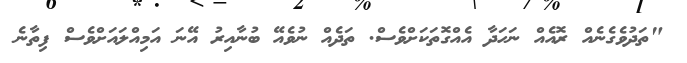
"ތަދުވެގެނެއް ރޮއެއް ނަހަދާ އެއްގޮތަކަށްވެސް. ތަދެއް ނުވެއޭ ބުނާއިރު އޭނަ އަމިއްލައަށްވެސް ފިތާނެ